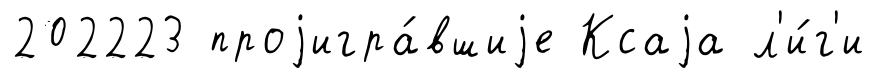
202223 проjигра́вшиjе Ксаjа л'и́г'и